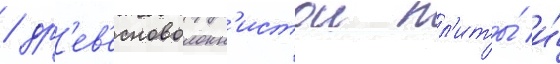
/ др'ев'есноволокн'истои пл'иты́ и́